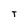
Character: T